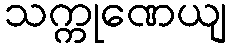
သက္ကုဏေယျ